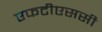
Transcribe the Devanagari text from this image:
एफटीएससी